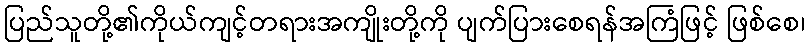
ပြည်သူတို့၏ကိုယ်ကျင့်တရားအကျိုးတို့ကို ပျက်ပြားစေရန်အကြံဖြင့် ဖြစ်စေ၊